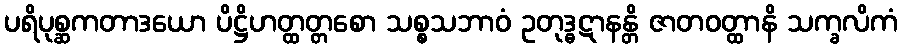
ပရိပုစ္ဆကတာဒယော ပိဋ္ဌိဟတ္ထတ္တစော သစ္စသဘာဝံ ဥတုဒ္ဓဋာနန္တိ ဇာတဝတ္ထာနိ သက္ခလိကံ